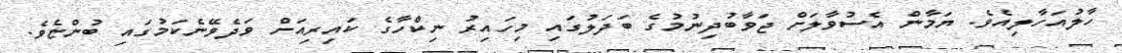
ހާލުއަހާލިއެވެ. ޔަމާން އެސުވާލަށް ޖަވާބުދިނުމުގެ ބަދަލުގައި މިހައިރު ނިކްހާގެ ކައިރިއަށް ވަދެވޭނެކަމުގައި ބުންޏެވެ.